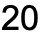
20